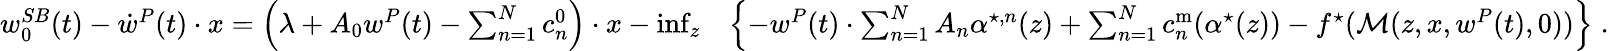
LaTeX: \begin{array}{rl}{w_{0}^{SB}(t)-\dot{w}^{P}(t)\cdot x=\left(\lambda+A_{0}w^{P}(t)-\sum_{n=1}^{N}c_{n}^{0}\right)\cdot x-\operatorname*{inf}_{{z}}}&{\left\{ -w^{P}(t)\cdot\sum_{n=1}^{N}A_{n}{\alpha}^{\star,n}(z)+\sum_{n=1}^{N}c_{n}^{\mathrm{m}}({\alpha}^{\star}(z))-f^{\star}(\mathcal{M}(z,x,w^{P}(t),0))\right\} \; .}\end{array}